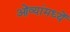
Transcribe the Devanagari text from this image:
ओंव्यांमध्यें